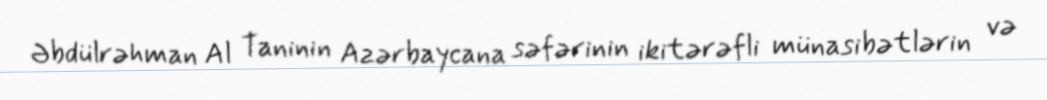
Əbdülrəhman Al Taninin Azərbaycana səfərinin ikitərəfli münasibətlərin və